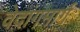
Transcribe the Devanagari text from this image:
वेदांगमार्ग